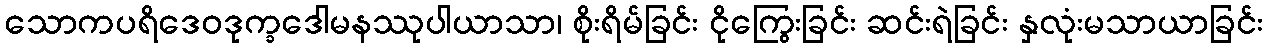
သောကပရိဒေဝဒုက္ခဒေါမနဿုပါယာသာ၊ စိုးရိမ်ခြင်း ငိုကြွေးခြင်း ဆင်းရဲခြင်း နှလုံးမသာယာခြင်း